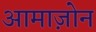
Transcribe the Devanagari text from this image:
आमाज़ोन